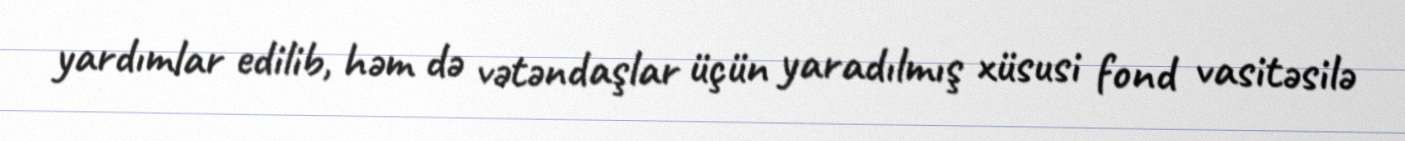
yardımlar edilib, həm də vətəndaşlar üçün yaradılmış xüsusi fond vasitəsilə